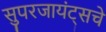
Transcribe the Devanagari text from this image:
सुपरजायंट्सचे